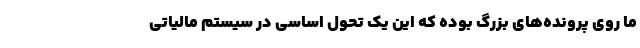
ما روی پرونده‌های بزرگ بوده که این یک تحول اساسی در سیستم مالیاتی